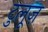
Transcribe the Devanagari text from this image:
टुलूज़